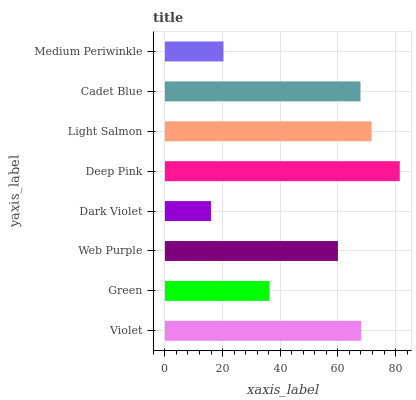
| yaxis_label | bars |
 | --- | --- |
 | Violet | 68.1 |
 | Green | 36.3 |
 | Web Purple | 60 |
 | Dark Violet | 16 |
 | Deep Pink | 81.5 |
 | Light Salmon | 71.7 |
 | Cadet Blue | 67.8 |
 | Medium Periwinkle | 20.3 |